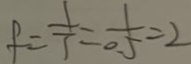
f = \frac { 1 } { T } = \frac { 1 } { 0 . 5 } = 2